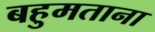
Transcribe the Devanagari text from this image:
बहुमताना